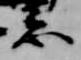
忌